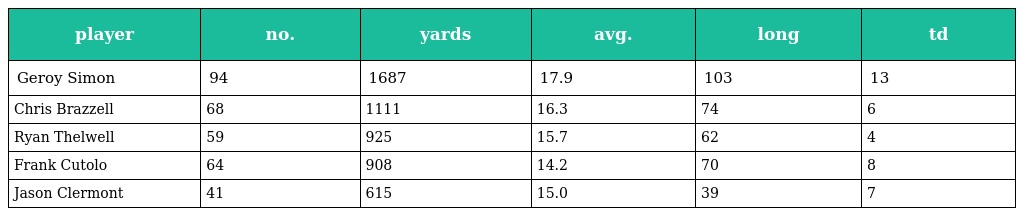
| player | no. | yards | avg. | long | td |
 | --- | --- | --- | --- | --- | --- |
 | Geroy Simon | 94 | 1687 | 17.9 | 103 | 13 |
 | Chris Brazzell | 68 | 1111 | 16.3 | 74 | 6 |
 | Ryan Thelwell | 59 | 925 | 15.7 | 62 | 4 |
 | Frank Cutolo | 64 | 908 | 14.2 | 70 | 8 |
 | Jason Clermont | 41 | 615 | 15.0 | 39 | 7 |